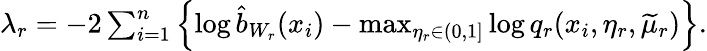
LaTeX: \begin{array}{r}{\lambda_{r}=-2\sum_{i=1}^{n}\left\{ \log\widehat{b}_{W_{r}}(x_{i})-\mathop{\operatorname*{max}}_{\eta_{r}\in(0,1]}\log q_{r}(x_{i},\eta_{r},\widetilde{\mu}_{r})\right\} .}\end{array}